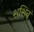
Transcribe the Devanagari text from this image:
शशिन्‌